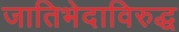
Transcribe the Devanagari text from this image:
जातिभेदाविरुद्ध